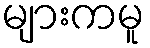
များကမူ